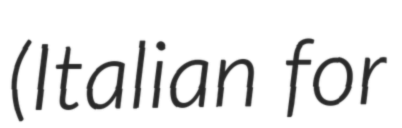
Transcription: (Italian for